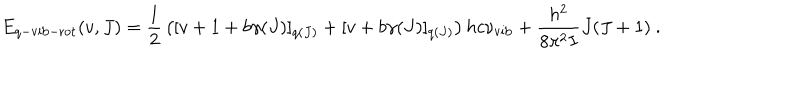
LaTeX: E _ { q - \mathrm { v i b - r o t } } ( v , J ) = { \frac { 1 } { 2 } } \left( [ v + 1 + b \gamma ( J ) ] _ { q ( J ) } + [ v + b \gamma ( J ) ] _ { q ( J ) } \right) h c \nu _ { \mathrm { v i b } } + \frac { h ^ { 2 } } { 8 \pi ^ { 2 } I } J ( J + 1 ) ~ .